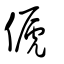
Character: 傂